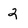
Character: 2